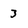
Character: 3